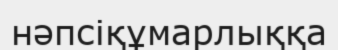
нәпсіқұмарлыққа